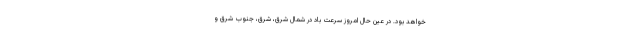
خواهد بود. در عین حال امروز سرعت باد در شمال شرق، شرق، جنوب شرق و